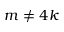
m \ne 4 k